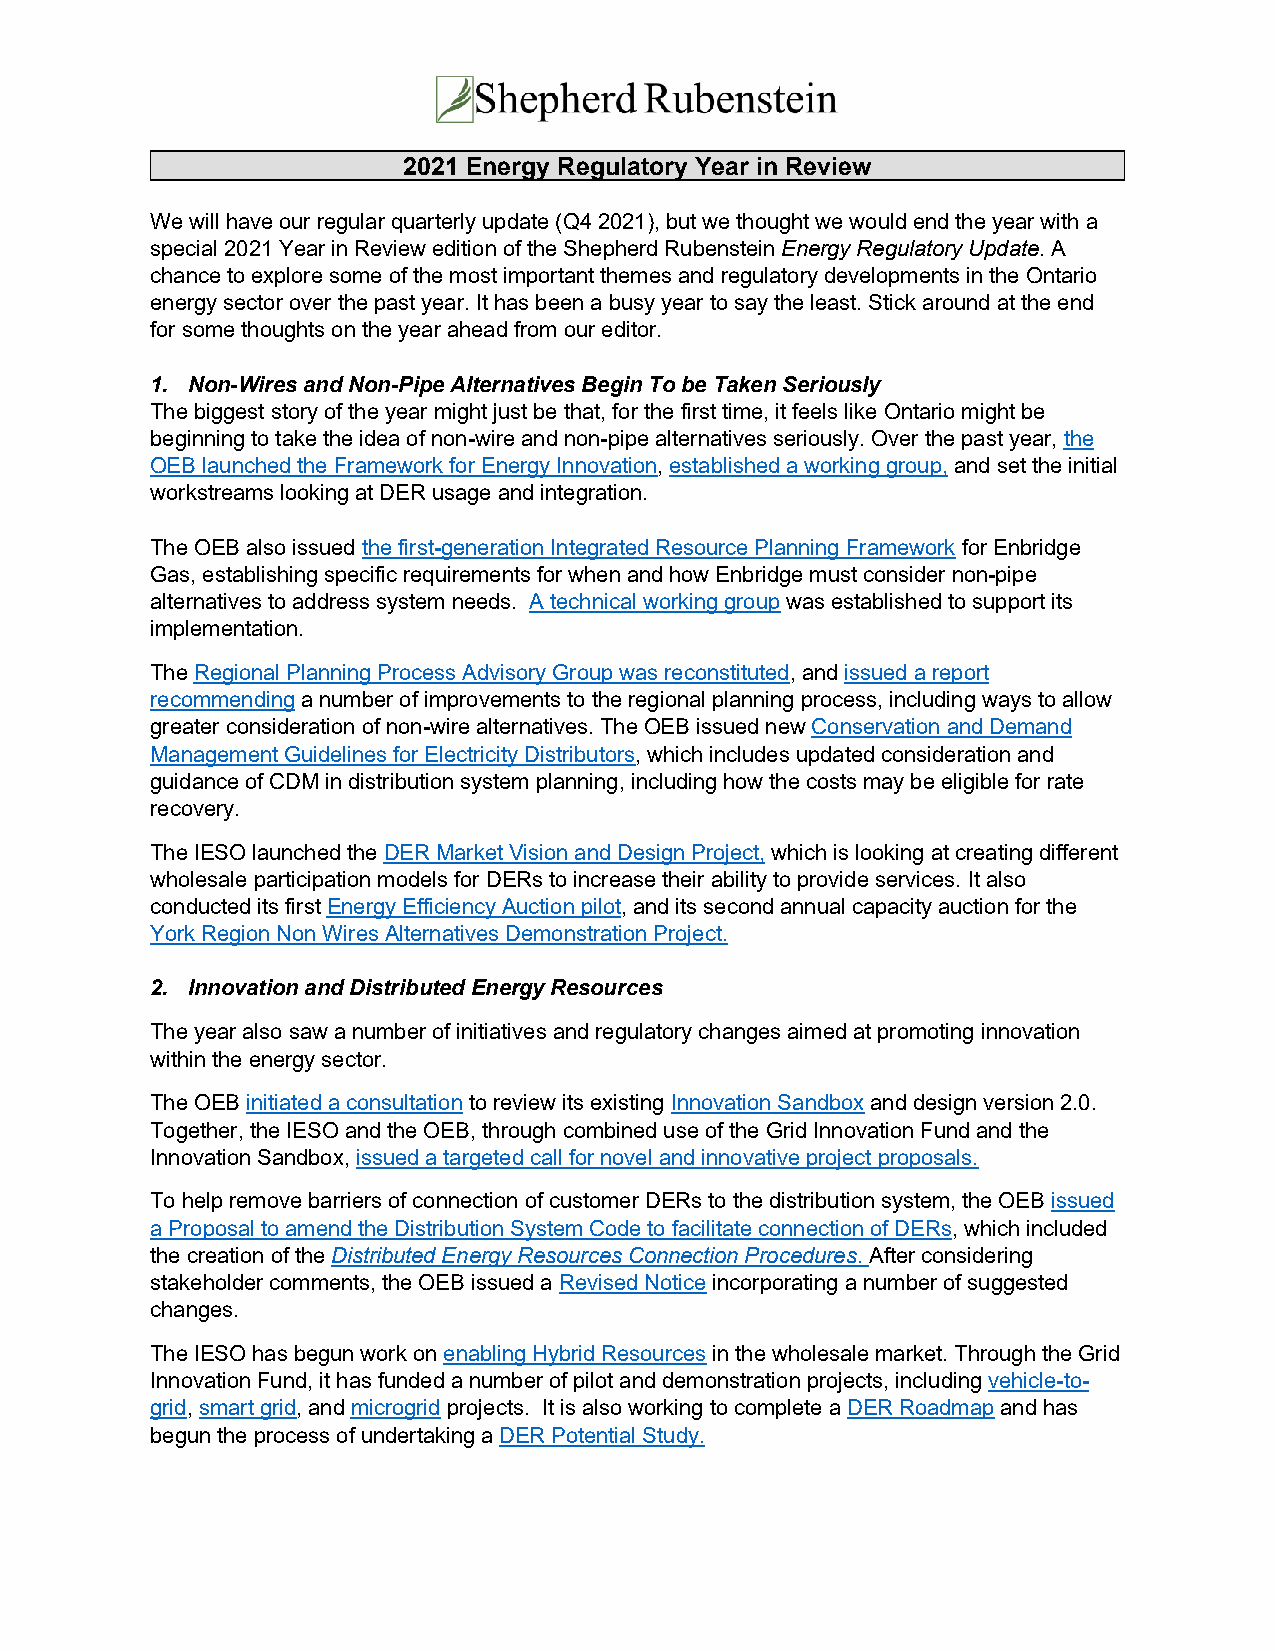
2021 Energy Regulatory Year in Review
 We will have our regular quarterly update (Q4 2021), but we thought we would end the year with a
 special 2021 Year in Review edition of the Shepherd Rubenstein Energy Regulatory Update. A
 chance to explore some of the most important themes and regulatory developments in the Ontario
 energy sector over the past year. It has been a busy year to say the least. Stick around at the end
 for some thoughts on the year ahead from our editor.
 1. Non-Wires and Non-Pipe Alternatives Begin To be Taken Seriously
 The biggest story of the year might just be that, for the first time, it feels like Ontario might be
 beginning to take the idea of non-wire and non-pipe alternatives seriously. Over the past year, the
 OEB launched the Framework for Energy Innovation, established a working group, and set the initial
 workstreams looking at DER usage and integration.
 The OEB also issued the first-generation Integrated Resource Planning Framework for Enbridge
 Gas, establishing specific requirements for when and how Enbridge must consider non-pipe
 alternatives to address system needs. A technical working group was established to support its
 implementation.
 The Regional Planning Process Advisory Group was reconstituted, and issued a report
 recommending a number of improvements to the regional planning process, including ways to allow
 greater consideration of non-wire alternatives. The OEB issued new Conservation and Demand
 Management Guidelines for Electricity Distributors, which includes updated consideration and
 guidance of CDM in distribution system planning, including how the costs may be eligible for rate
 recovery.
 The IESO launched the DER Market Vision and Design Project, which is looking at creating different
 wholesale participation models for DERs to increase their ability to provide services. It also
 conducted its first Energy Efficiency Auction pilot, and its second annual capacity auction for the
 York Region Non Wires Alternatives Demonstration Project.
 2. Innovation and Distributed Energy Resources
 The year also saw a number of initiatives and regulatory changes aimed at promoting innovation
 within the energy sector.
 The OEB initiated a consultation to review its existing Innovation Sandbox and design version 2.0.
 Together, the IESO and the OEB, through combined use of the Grid Innovation Fund and the
 Innovation Sandbox, issued a targeted call for novel and innovative project proposals.
 To help remove barriers of connection of customer DERs to the distribution system, the OEB issued
 a Proposal to amend the Distribution System Code to facilitate connection of DERs, which included
 the creation of the Distributed Energy Resources Connection Procedures. After considering
 stakeholder comments, the OEB issued a Revised Notice incorporating a number of suggested
 changes.
 The IESO has begun work on enabling Hybrid Resources in the wholesale market. Through the Grid
 Innovation Fund, it has funded a number of pilot and demonstration projects, including vehicle-to-
 grid, smart grid, and microgrid projects. It is also working to complete a DER Roadmap and has
 begun the process of undertaking a DER Potential Study.